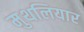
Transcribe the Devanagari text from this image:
मुथलियार